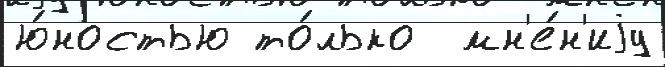
ю́ностью то́лько  мн'е́н'иjу